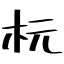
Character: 杬